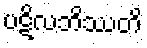
ပဋိလဘိဿတိ